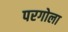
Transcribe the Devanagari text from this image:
परगोला